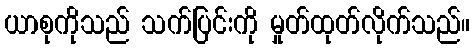
ယာစုကိုသည် သက်ပြင်းကို မှုတ်ထုတ်လိုက်သည်။